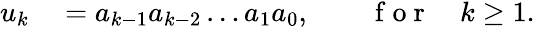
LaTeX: \begin{array}{rl}{u_{k}}&{{}=a_{k-1}a_{k-2}\dots a_{1}a_{0},\qquad\mathrm{~f~o~r~}\quad k\ge 1.}\end{array}